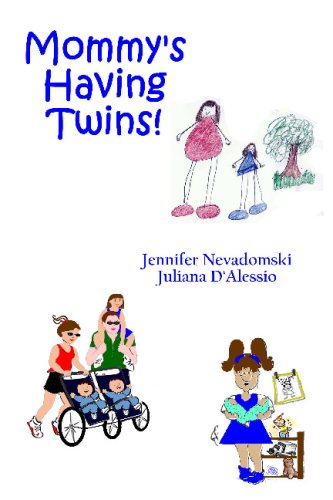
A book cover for Mommy's Having Twins!; Jennifer Nevadomski; Parenting & Relationships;